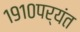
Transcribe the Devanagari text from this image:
१९१०पर्यंत